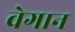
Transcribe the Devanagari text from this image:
वेगान